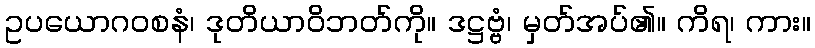
ဥပယောဂဝစနံ၊ ဒုတိယာဝိဘတ်ကို။ ဒဋ္ဌဗ္ဗံ၊ မှတ်အပ်၏။ ကိရ၊ ကား။